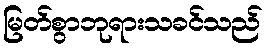
မြတ်စွာဘုရားသခင်သည်